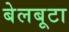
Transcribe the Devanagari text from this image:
बेलबूटा